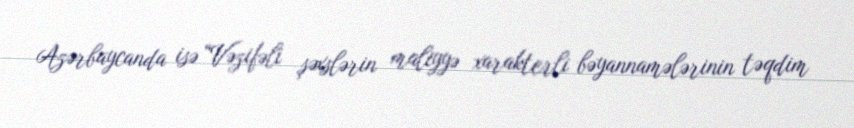
Azərbaycanda isə “Vəzifəli şəxslərin maliyyə xarakterli bəyannamələrinin təqdim